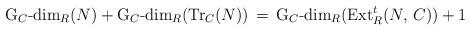
LaTeX: \begin{align*}\textrm{G}_C\textrm{-dim}_R(N) + \textrm{G}_C\textrm{-dim}_R(\textrm{Tr}_C (N)) \, = \, \textrm{G}_C\textrm{-dim}_R(\textrm{Ext}_{R}^t (N,\,C))+1\end{align*}